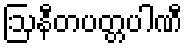
ဩနီတပတ္တပါဏီ